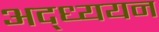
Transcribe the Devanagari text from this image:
अद्ध्ययन